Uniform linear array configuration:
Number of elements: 8
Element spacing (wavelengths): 1
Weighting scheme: hann
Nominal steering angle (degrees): -60
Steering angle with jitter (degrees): -60.202
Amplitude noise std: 0.05
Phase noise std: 0.05

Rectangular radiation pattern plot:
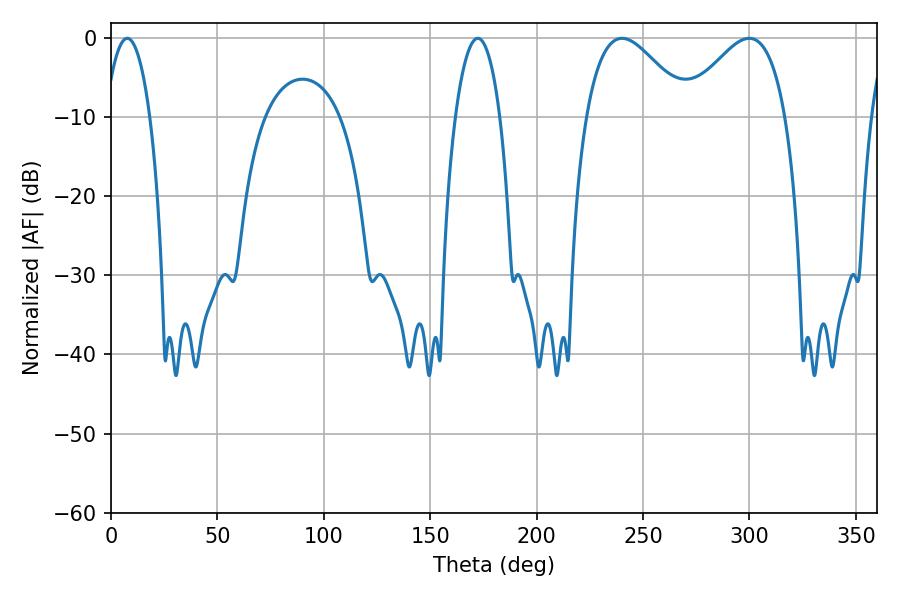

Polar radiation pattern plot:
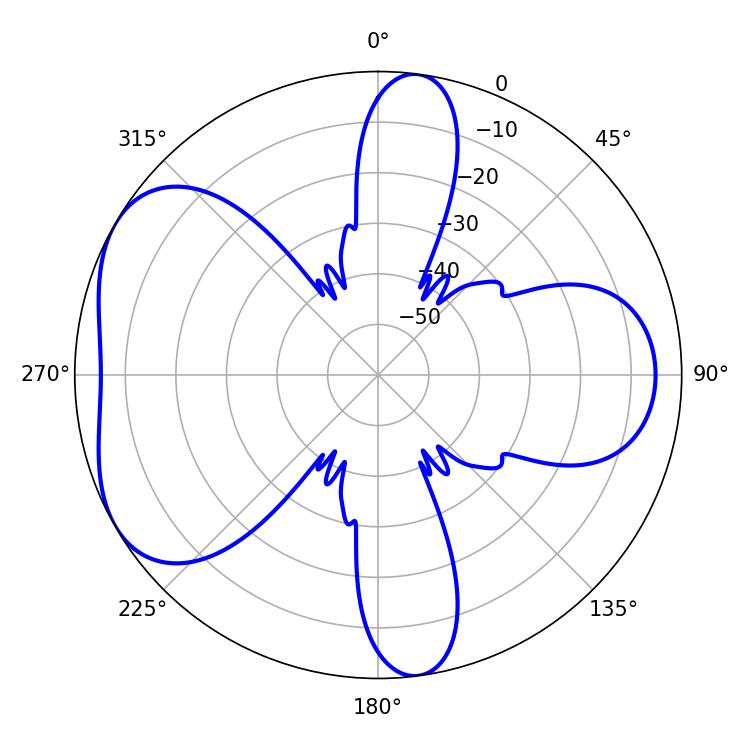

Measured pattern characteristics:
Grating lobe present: TRUE
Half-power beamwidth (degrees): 25.92
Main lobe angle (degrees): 240.12